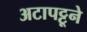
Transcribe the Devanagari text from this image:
अटापट्टूने